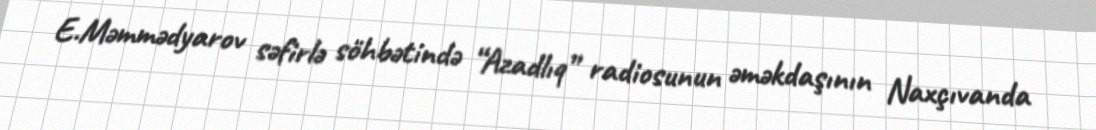
E.Məmmədyarov səfirlə söhbətində “Azadlıq” radiosunun əməkdaşının Naxçıvanda